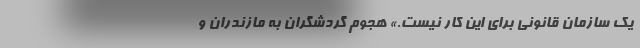
یک سازمان قانونی برای این کار نیست.» هجوم گردشگران به مازندران و